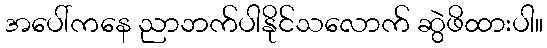
အပေါ်ကနေ ညာဘက်ပါနိုင်သလောက် ဆွဲဖိထားပါ။